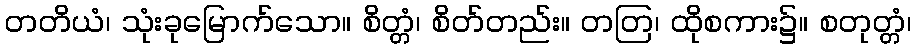
တတိယံ၊ သုံးခုမြောက်သော။ စိတ္တံ၊ စိတ်တည်း။ တတြ၊ ထိုစကား၌။ စတုတ္တံ၊